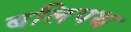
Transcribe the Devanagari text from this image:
बलिपथ